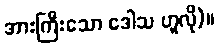
အားကြီးသော ဒေါသ ဟူလို)။